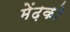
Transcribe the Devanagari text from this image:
मेंढ़को